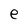
Character: e